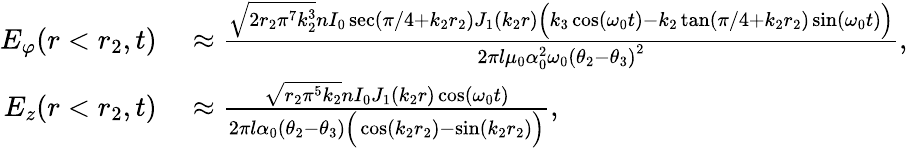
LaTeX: \begin{array}{rl}{E_{\varphi}(r<r_{2},t)}&{{}\approx\frac{\sqrt{2r_{2}\pi^{7}k_{2}^{3}}nI_{0}\sec(\pi/4+k_{2}r_{2})J_{1}(k_{2}r)\Big(k_{3}\cos(\omega_{0}t)-k_{2}\tan(\pi/4+k_{2}r_{2})\sin(\omega_{0}t)\Big)}{2\pi l\mu_{0}\alpha_{0}^{2}\omega_{0}\left(\theta_{2}-\theta_{3}\right)^{2}},}\\ {E_{z}(r<r_{2},t)}&{{}\approx\frac{\sqrt{r_{2}\pi^{5}k_{2}}nI_{0}J_{1}(k_{2}r)\cos(\omega_{0}t)}{2\pi l\alpha_{0}(\theta_{2}-\theta_{3})\Big(\cos(k_{2}r_{2})-\sin(k_{2}r_{2})\Big)},}\end{array}